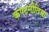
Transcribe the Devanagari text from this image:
कपटनीतिचा